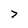
Character: z